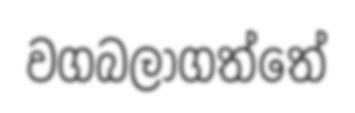
වගබලාගත්තේ